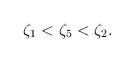
LaTeX: \begin{align*}\zeta_1 < \zeta_5 < \zeta_2 .\end{align*}